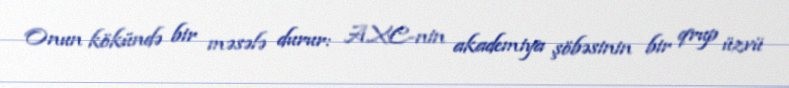
Onun kökündə bir məsələ durur: AXC-nin akademiya şöbəsinin bir qrup üzvü